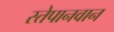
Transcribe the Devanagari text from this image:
स्तेपानवान